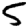
Digit: 5